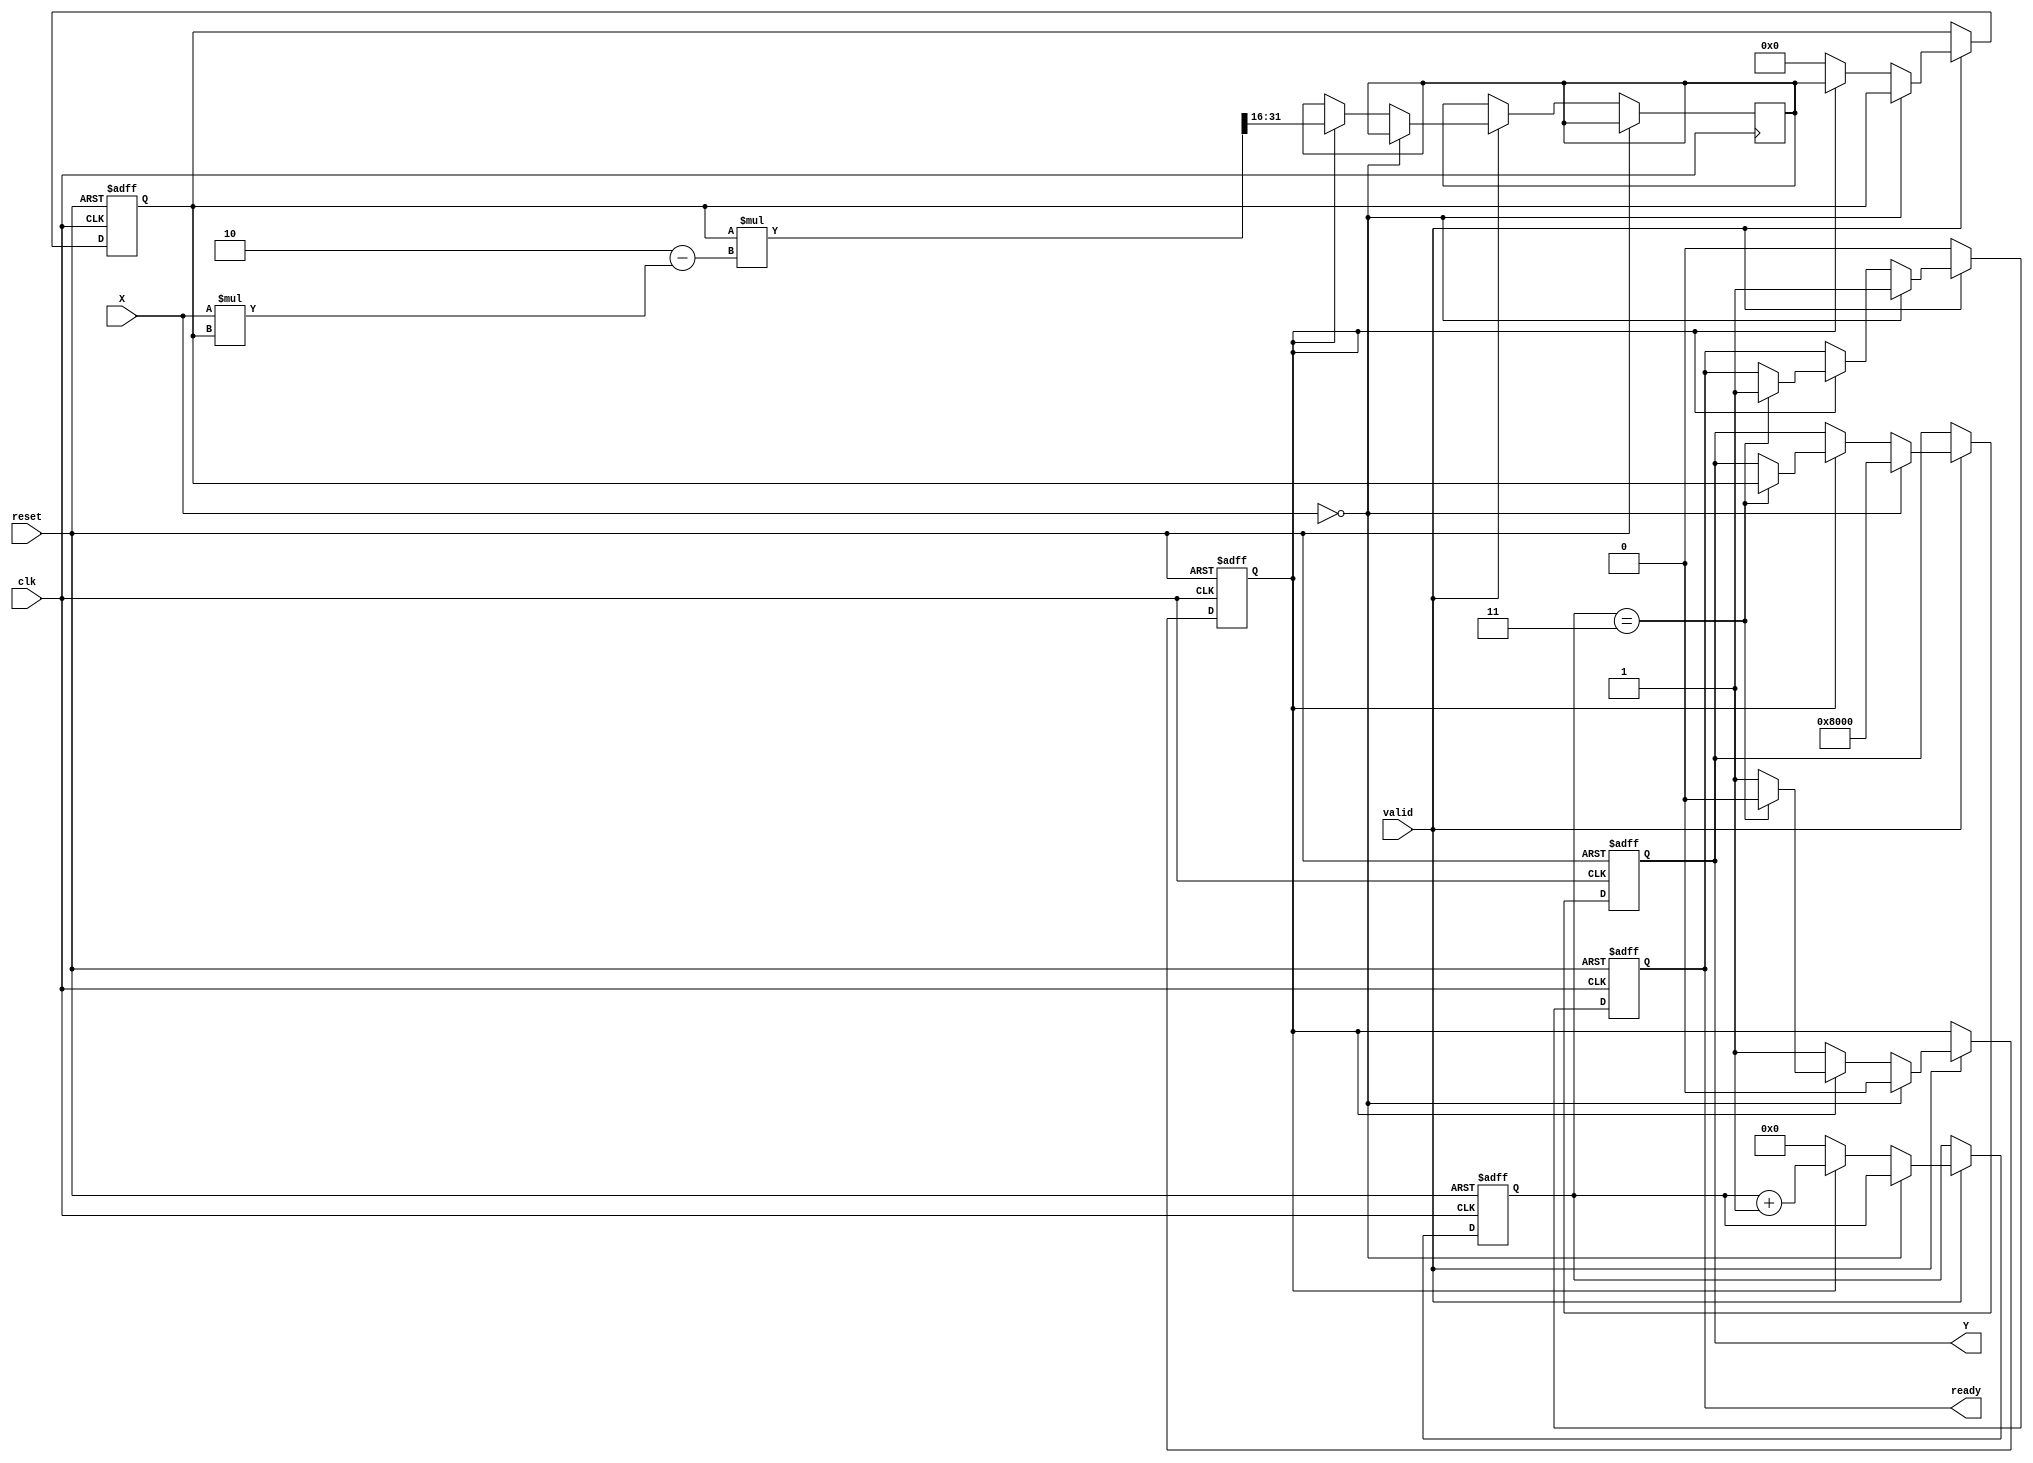
module fractional_reciprocal #(
    parameter INPUT_WIDTH = 16,
    parameter OUTPUT_WIDTH = 16,
    parameter ITERATIONS = 4
)(
    input wire clk,
    input wire reset,
    input wire valid,
    input wire [INPUT_WIDTH-1:0] X, // Input data
    output reg [OUTPUT_WIDTH-1:0] Y, // Output data
    output reg ready // Indicates output is valid
);

    // Internal registers
    reg [OUTPUT_WIDTH-1:0] Y_n; // Current estimate of the reciprocal
    reg [OUTPUT_WIDTH-1:0] Y_next; // Next estimate of the reciprocal
    reg [3:0] iteration_count; // Iteration counter
    reg computing; // State flag for computing

    // Initial values, error output
    parameter ERROR_VALUE = {1'b1, {OUTPUT_WIDTH-1{1'b0}}}; // Example error value (1.0 in fixed-point)

    always @(posedge clk or posedge reset) begin
        if (reset) begin
            Y <= 0;
            ready <= 0;
            Y_n <= 0;
            iteration_count <= 0;
            computing <= 1'b0; // Idle state
        end else begin
            if (valid) begin
                if (X == 0) begin
                    Y <= ERROR_VALUE; // Handle zero input
                    ready <= 1;
                    computing <= 1'b0; // Idle state
                end else if (!computing) begin
                    // Start computation
                    Y_n <= 1 << OUTPUT_WIDTH; // Initial guess; can be adjusted
                    iteration_count <= 0;
                    computing <= 1'b1; // Set computing state
                end else if (computing) begin
                    // Iterative calculation
                    Y_next <= Y_n * (2 - X * Y_n) >> INPUT_WIDTH; // Update guess
                    Y_n <= Y_next; // Store the new guess
                    iteration_count <= iteration_count + 1;

                    if (iteration_count == ITERATIONS - 1) begin
                        Y <= Y_n; // Final output
                        ready <= 1; // Signal that output is ready
                        computing <= 1'b0; // Go back to idle state
                    end
                end
            end else begin
                ready <= 0; // Reset ready signal if valid is not asserted
            end
        end
    end

endmodule